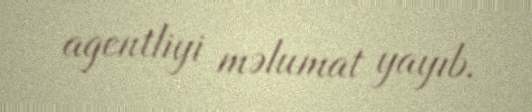
agentliyi məlumat yayıb.